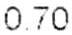
0.70